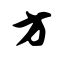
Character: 方